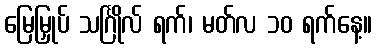
မြေမြှုပ် သင်္ဂြိုလ် ရက်၊ မတ်လ ၁၀ ရက်နေ့။